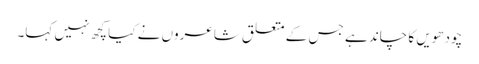
چودھویں کا چاند ہے جس کے متعلق شاعروں نے کیا کچھ نہیں کہا۔